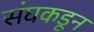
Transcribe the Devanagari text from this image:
संघकडून